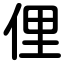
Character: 俚